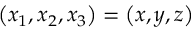
\left( x _ { 1 } , x _ { 2 } , x _ { 3 } \right) = \left( x , y , z \right)